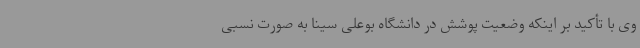
وی با تأکید بر اینکه وضعیت پوشش در دانشگاه بوعلی سینا به صورت نسبی